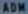
Transcribetheimage